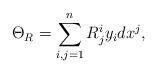
LaTeX: \begin{align*} \Theta_R=\sum_{i,j=1}^nR^i_jy_idx^j,\end{align*}